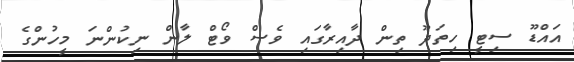
އައްޑޫ ސިޓީ ހިތަދޫ ތިން ދާއިރާގައި ވެސް ވޯޓް ލާން ނިކުންނަ މީހުންގެ